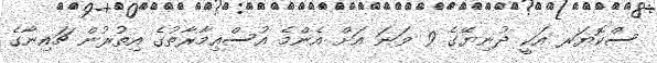
ސްކޮޔަރ އަކީ ދުނިޔޭގެ 9 ވަނަ އަށް އެންމެ އުސްޢިމާރާތުގެ އިތުރުން ޗައިނާގެ